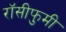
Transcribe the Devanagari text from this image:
रॉसीफुमी